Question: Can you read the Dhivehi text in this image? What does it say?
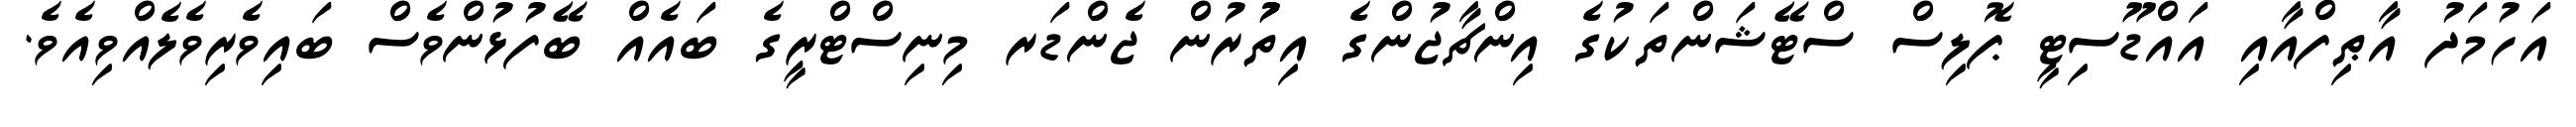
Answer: އަހުމަދު އާޠިފްއާއި އައްޑޫސިޓީ ޕޮލިސް ސްޓޭޝަންތަކުގެ އިންޗާޖުންގެ އިތުުރުން ޖެންޑަރ މިނިސްޓްރީގެ ބައެއް ބޭފުޅުންވެސް ބައިވެރިވެލެއްވިއެވެ.